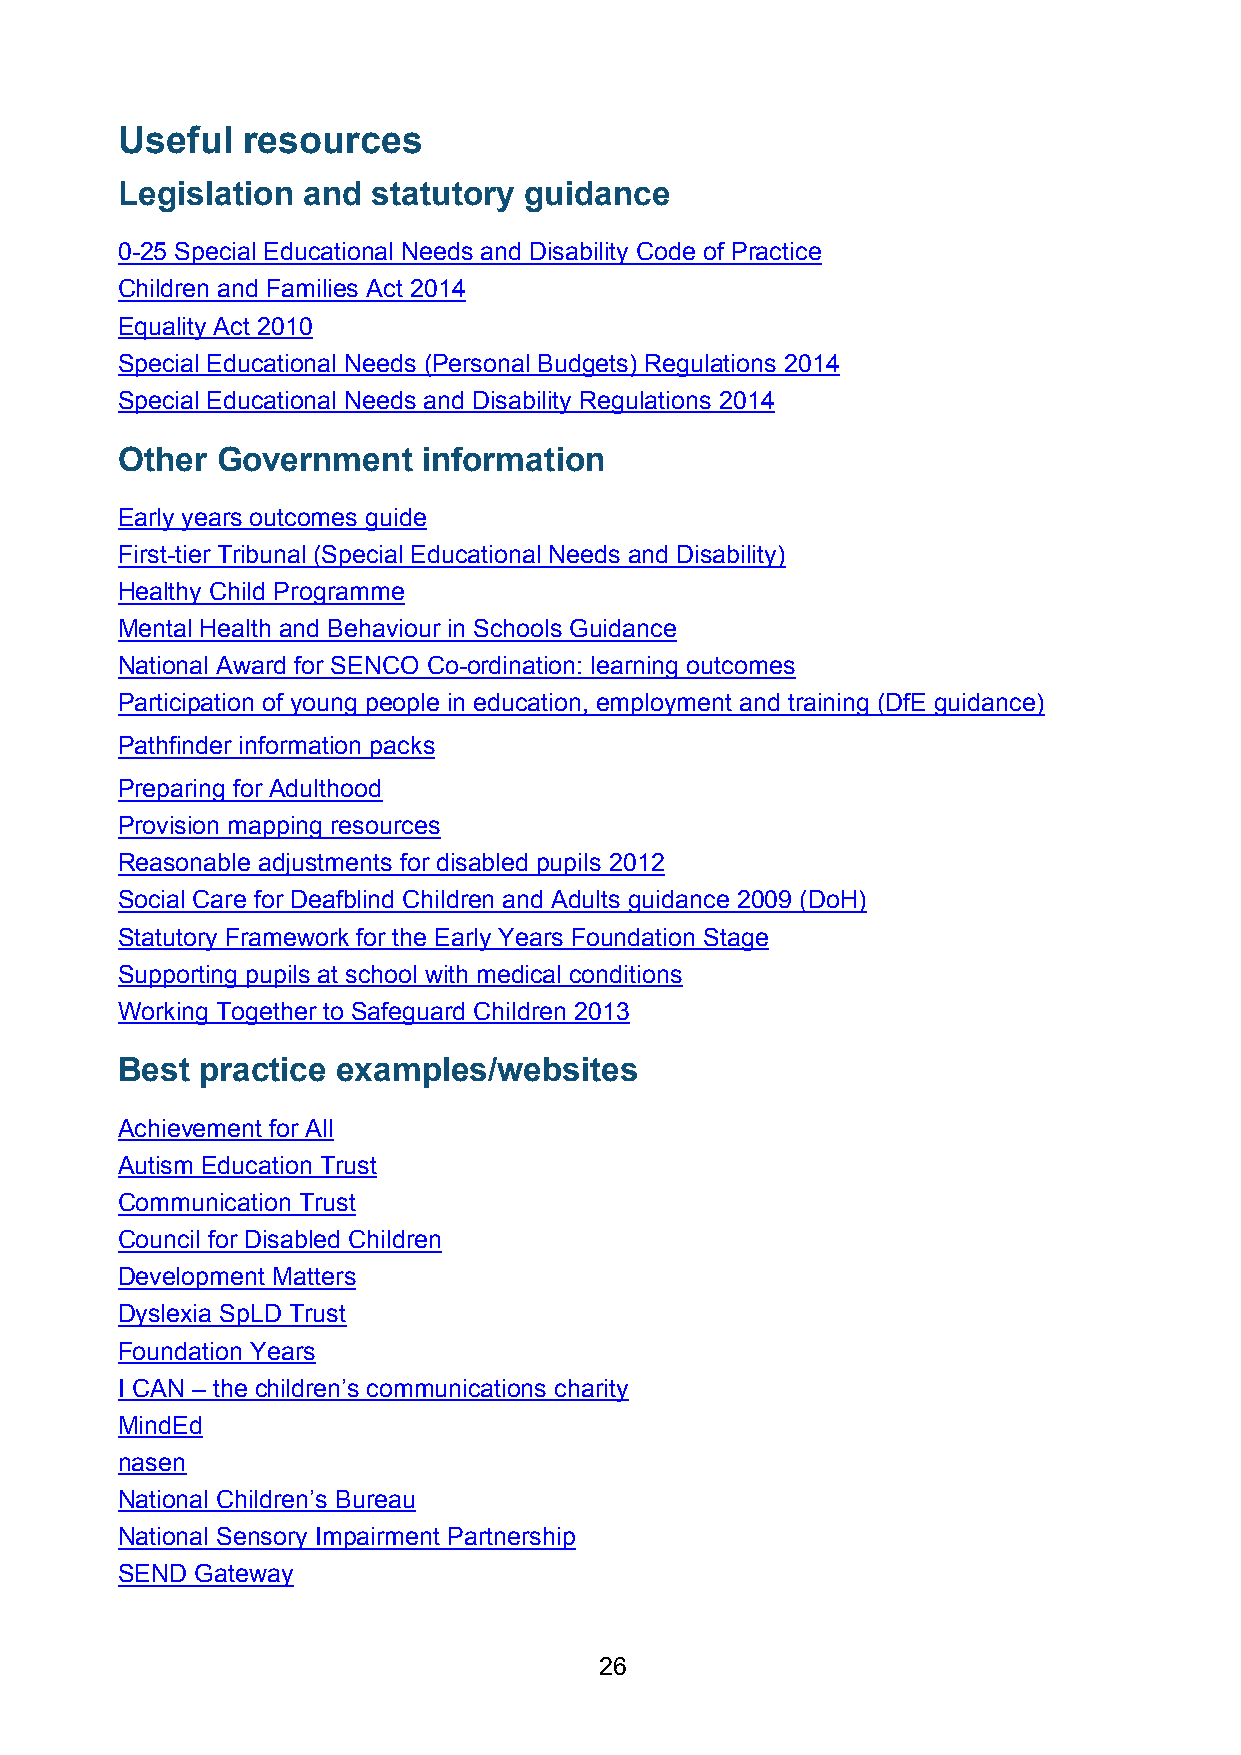
Useful  resources
 Legislation and  statutory guidance
 0-25 Special Educational Needs and Disability Code of Practice
 Children and Families Act 2014
 Equality Act 2010
 Special Educational Needs (Personal Budgets) Regulations 2014
 Special Educational Needs and Disability Regulations 2014
 Other Government    information
 Early years outcomes guide
 First-tier Tribunal (Special Educational Needs and Disability)
 Healthy Child Programme
 Mental Health and Behaviour in Schools Guidance
 National Award for SENCO Co-ordination: learning outcomes
 Participation of young people in education, employment and training (DfE guidance)
 Pathfinder information packs
 Preparing for Adulthood
 Provision mapping resources
 Reasonable adjustments for disabled pupils 2012
 Social Care for Deafblind Children and Adults guidance 2009 (DoH)
 Statutory Framework for the Early Years Foundation Stage
 Supporting pupils at school with medical conditions
 Working Together to Safeguard Children 2013
 Best practice examples/websites
 Achievement for All
 Autism Education Trust
 Communication Trust
 Council for Disabled Children
 Development Matters
 Dyslexia SpLD Trust
 Foundation Years
 I CAN – the children’s communications charity
 MindEd
 nasen
 National Children’s Bureau
 National Sensory Impairment Partnership
 SEND Gateway
 26